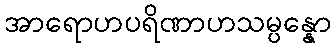
အာရောဟပရိဏာဟသမ္ပန္နော